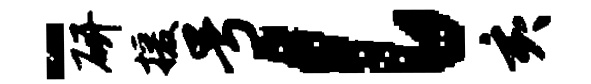
-研援号l亥